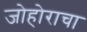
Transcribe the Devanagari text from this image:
जोहोराचा